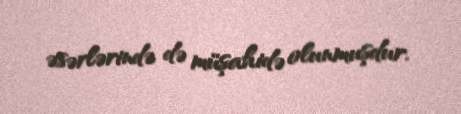
əsərlərində də müşahidə olunmuşdur.